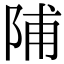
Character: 陠